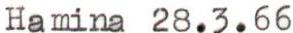
Hamina 28.3.66